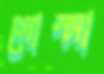
গোস্সা